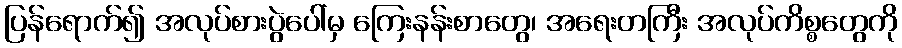
ပြန်ရောက်၍ အလုပ်စားပွဲပေါ်မှ ကြေးနန်းစာတွေ၊ အရေးတကြီး အလုပ်ကိစ္စတွေကို